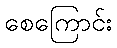
စေကြောင်း